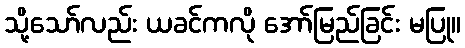
သို့သော်လည်း ယခင်ကလို အော်မြည်ခြင်း မပြု။